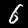
Digit: 6